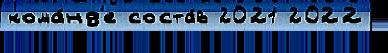
кома́нд'е соста́в 2021 2022